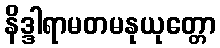
နိဒ္ဒါရာမတမနုယုတ္တော